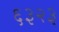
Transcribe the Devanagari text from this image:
६३२३